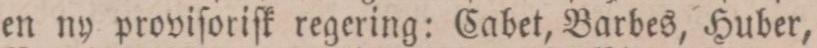
en ny proviſoriſk regering: Cabet, Barbes, Huber,